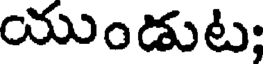
యుండుట;